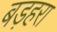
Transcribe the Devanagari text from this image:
बड़हरा